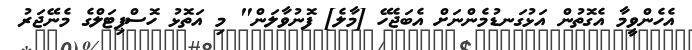
އެހެންވީމާ އެގޮތުން އަޅުގަނޑުމެންނަށް އެބަޖެހޭ [މާލެ] ފޮނުވާލަން" މި އަތޮޅު ހޮސްޕިޓަލްގެ މެނޭޖަރު